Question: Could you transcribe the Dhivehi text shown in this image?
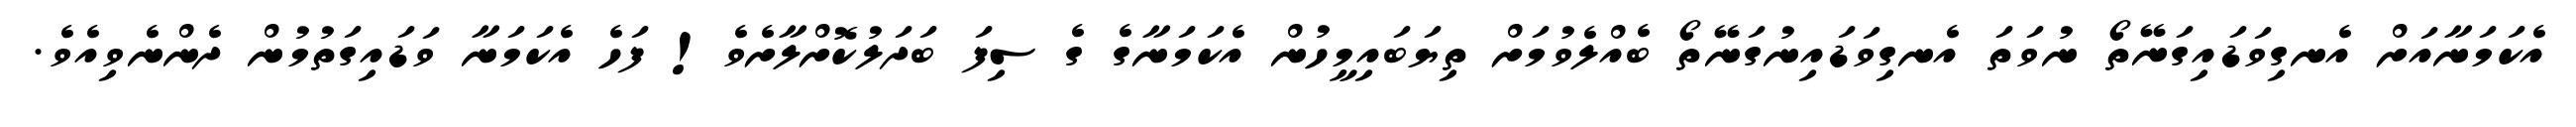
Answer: އެކަމަނާއަށް އެނގިވަޑައިގަނޭތޯ ނުވަތަ އެނގިވަޑައިނުގަނޭތޯ ބެއްލެވުމަށް ތިޔަބައިމީހުން އެކަމަނާގެ ގެ ސިފަ ބަދަލުކޮށްލާށެވެ! ފަހެ އެކަމަނާ ވަޑައިގަތުމުން ދެންނެވިއެވެ.